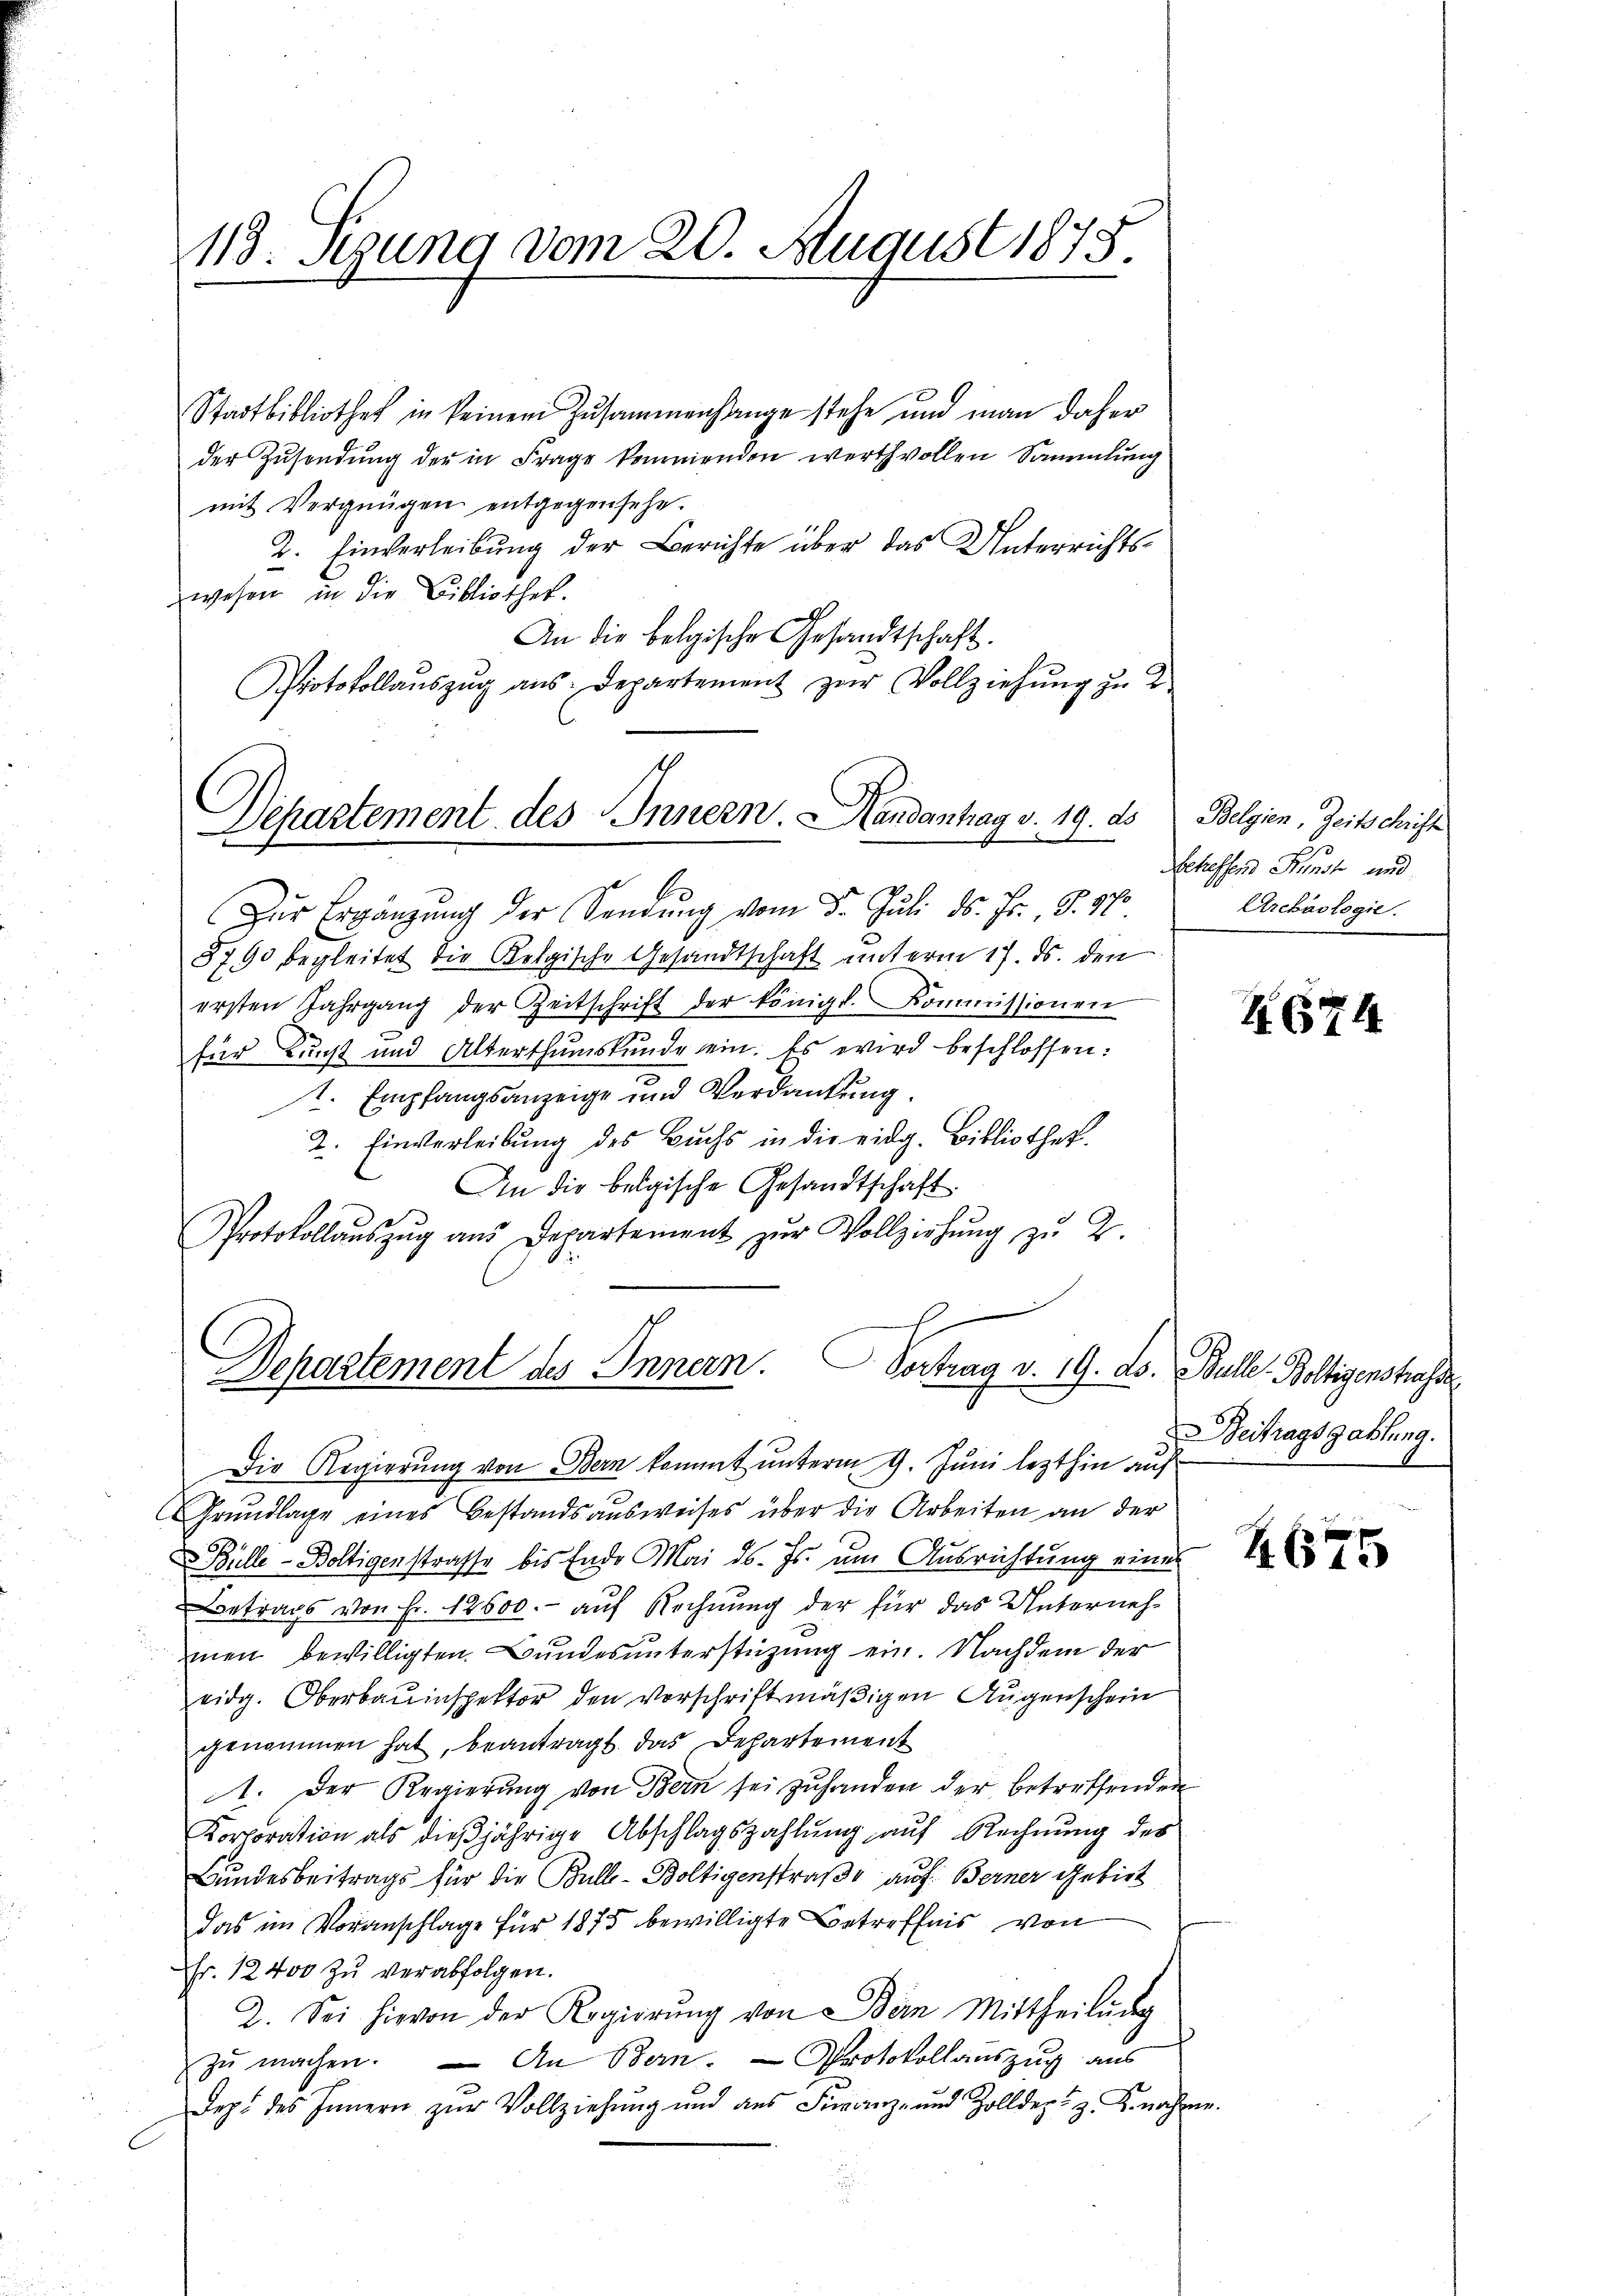
118. Sigung vom 20. August 1875.

Stadtbibliothek in keinem Zusammenhange stehe und man daher
der Zŭsendŭng der in Frage kommenden werthvollen Sammlung
mit Vergnügen entgegensehe.
2. Einverleibung der Berichte über das Unterrichtswesen in die Bibliothek.
An die belgische Gesandtschaft.
Protokollaŭszŭg ans. Departement zur Vollziehung zu 2

Departement des Innern. Handantrag v. 19. ds

Zŭr Ergänzŭng der Sendŭng vom 3. Juli ds. Fr. S. 970
8790 begleitet die Kelgische Gesandtschaft unterm 17. ds. den
ersten Jahrgang der Zeitschrift der königl. Kommissionen
für Kunst und Alterthumskunde ein. Es wird beschlossen:
1. Empfangsanzeige und Verdankung.
2. Einverleibung des Buchs in die eidg. Bibliothek.
An die beigische Gesandtschaft
Protokollaŭszŭg aŭs Departement zŭr Vollziehŭng zŭ 2.
Departement des Innern. Vortrag v. 19. ds. Bulle. Boltigenstrasse

Die Regierung von Bern kommt unterm 9. Juni lezthin auf
Grŭndlage eines Bestandsaŭsweises über die Arbeiten an der
Bulle-Boltigenstrafe bis Ende Mai d. Js. um Ausrichtung einun
Betrags von Fr. 12600.- auf Rechnung der für das Unternehmen bewilligten Bundesunterstüzung ein. Nachdem der
vidg. Oberbauinspektor den vorschriftmäßigen Augenschein
genommen hat, beantragt. Das Departement
1. Der Regierung von Bern sei zuhanden der betreffenden
Korporation als dießjährige Abschlagszahlung auf Rechnung des
Bundesbeitrags für die Bulle-Boltigenstraße auf Berner Gebiet
das im Voranschlage für 1875 bewilligte Betreffnis von
Fr. 12400 zŭ verabfolgen.
2. Sei hievon der Regierŭng von Bern Mittheilŭng
zŭ machen. — An Bern. — Protokollauszug aus
Dez. des Innern zŭr Vollziehŭng und des Fŭranz- und Zolldept z. K. nahme.

Belgien, Zeitschrift
betreffend Kunst und
Archäologie.

N. 674

Beitragsgattung.

4675